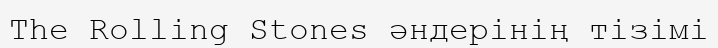
The Rolling Stones әндерінің тізімі